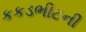
કકડભીટની